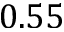
0 . 5 5